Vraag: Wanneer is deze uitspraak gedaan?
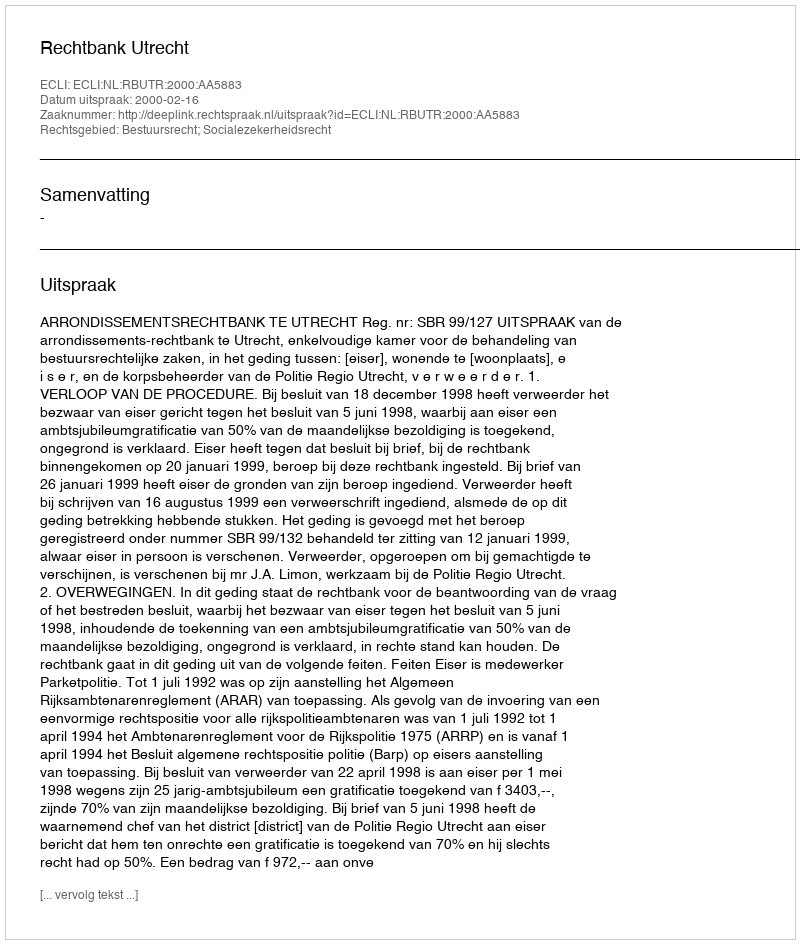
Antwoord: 2000-02-16